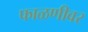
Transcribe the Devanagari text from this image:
फाळणीवर